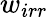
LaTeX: w_{irr}